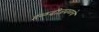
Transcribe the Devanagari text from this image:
हळदीजवळचे